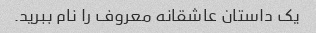
یک داستان عاشقانه معروف را نام ببرید.